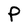
Character: P